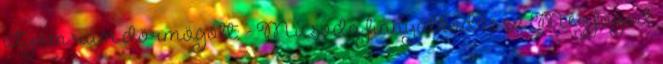
atyám rám dörmögött: - Micsoda finnyálkodás ez Meg fogod